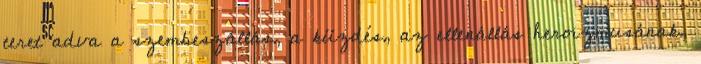
teret adva a szembeszállás, a küzdés, az ellenállás heroizmusának,